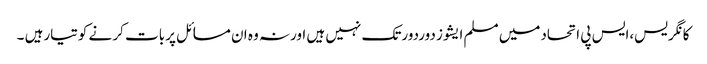
کانگریس،ایس پی اتحادمیں مسلم ایشوز دوردورتک نہیں ہیں اورنہ وہ ان مسائل پربات کر نے کوتیارہیں ۔